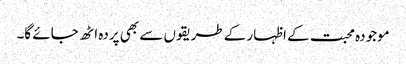
موجودہ محبت کے اظہار کے طریقوں سے بھی پردہ اٹھ جائے گا۔